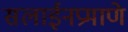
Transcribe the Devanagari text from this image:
सलाईनप्रमाणे